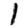
Digit: 1